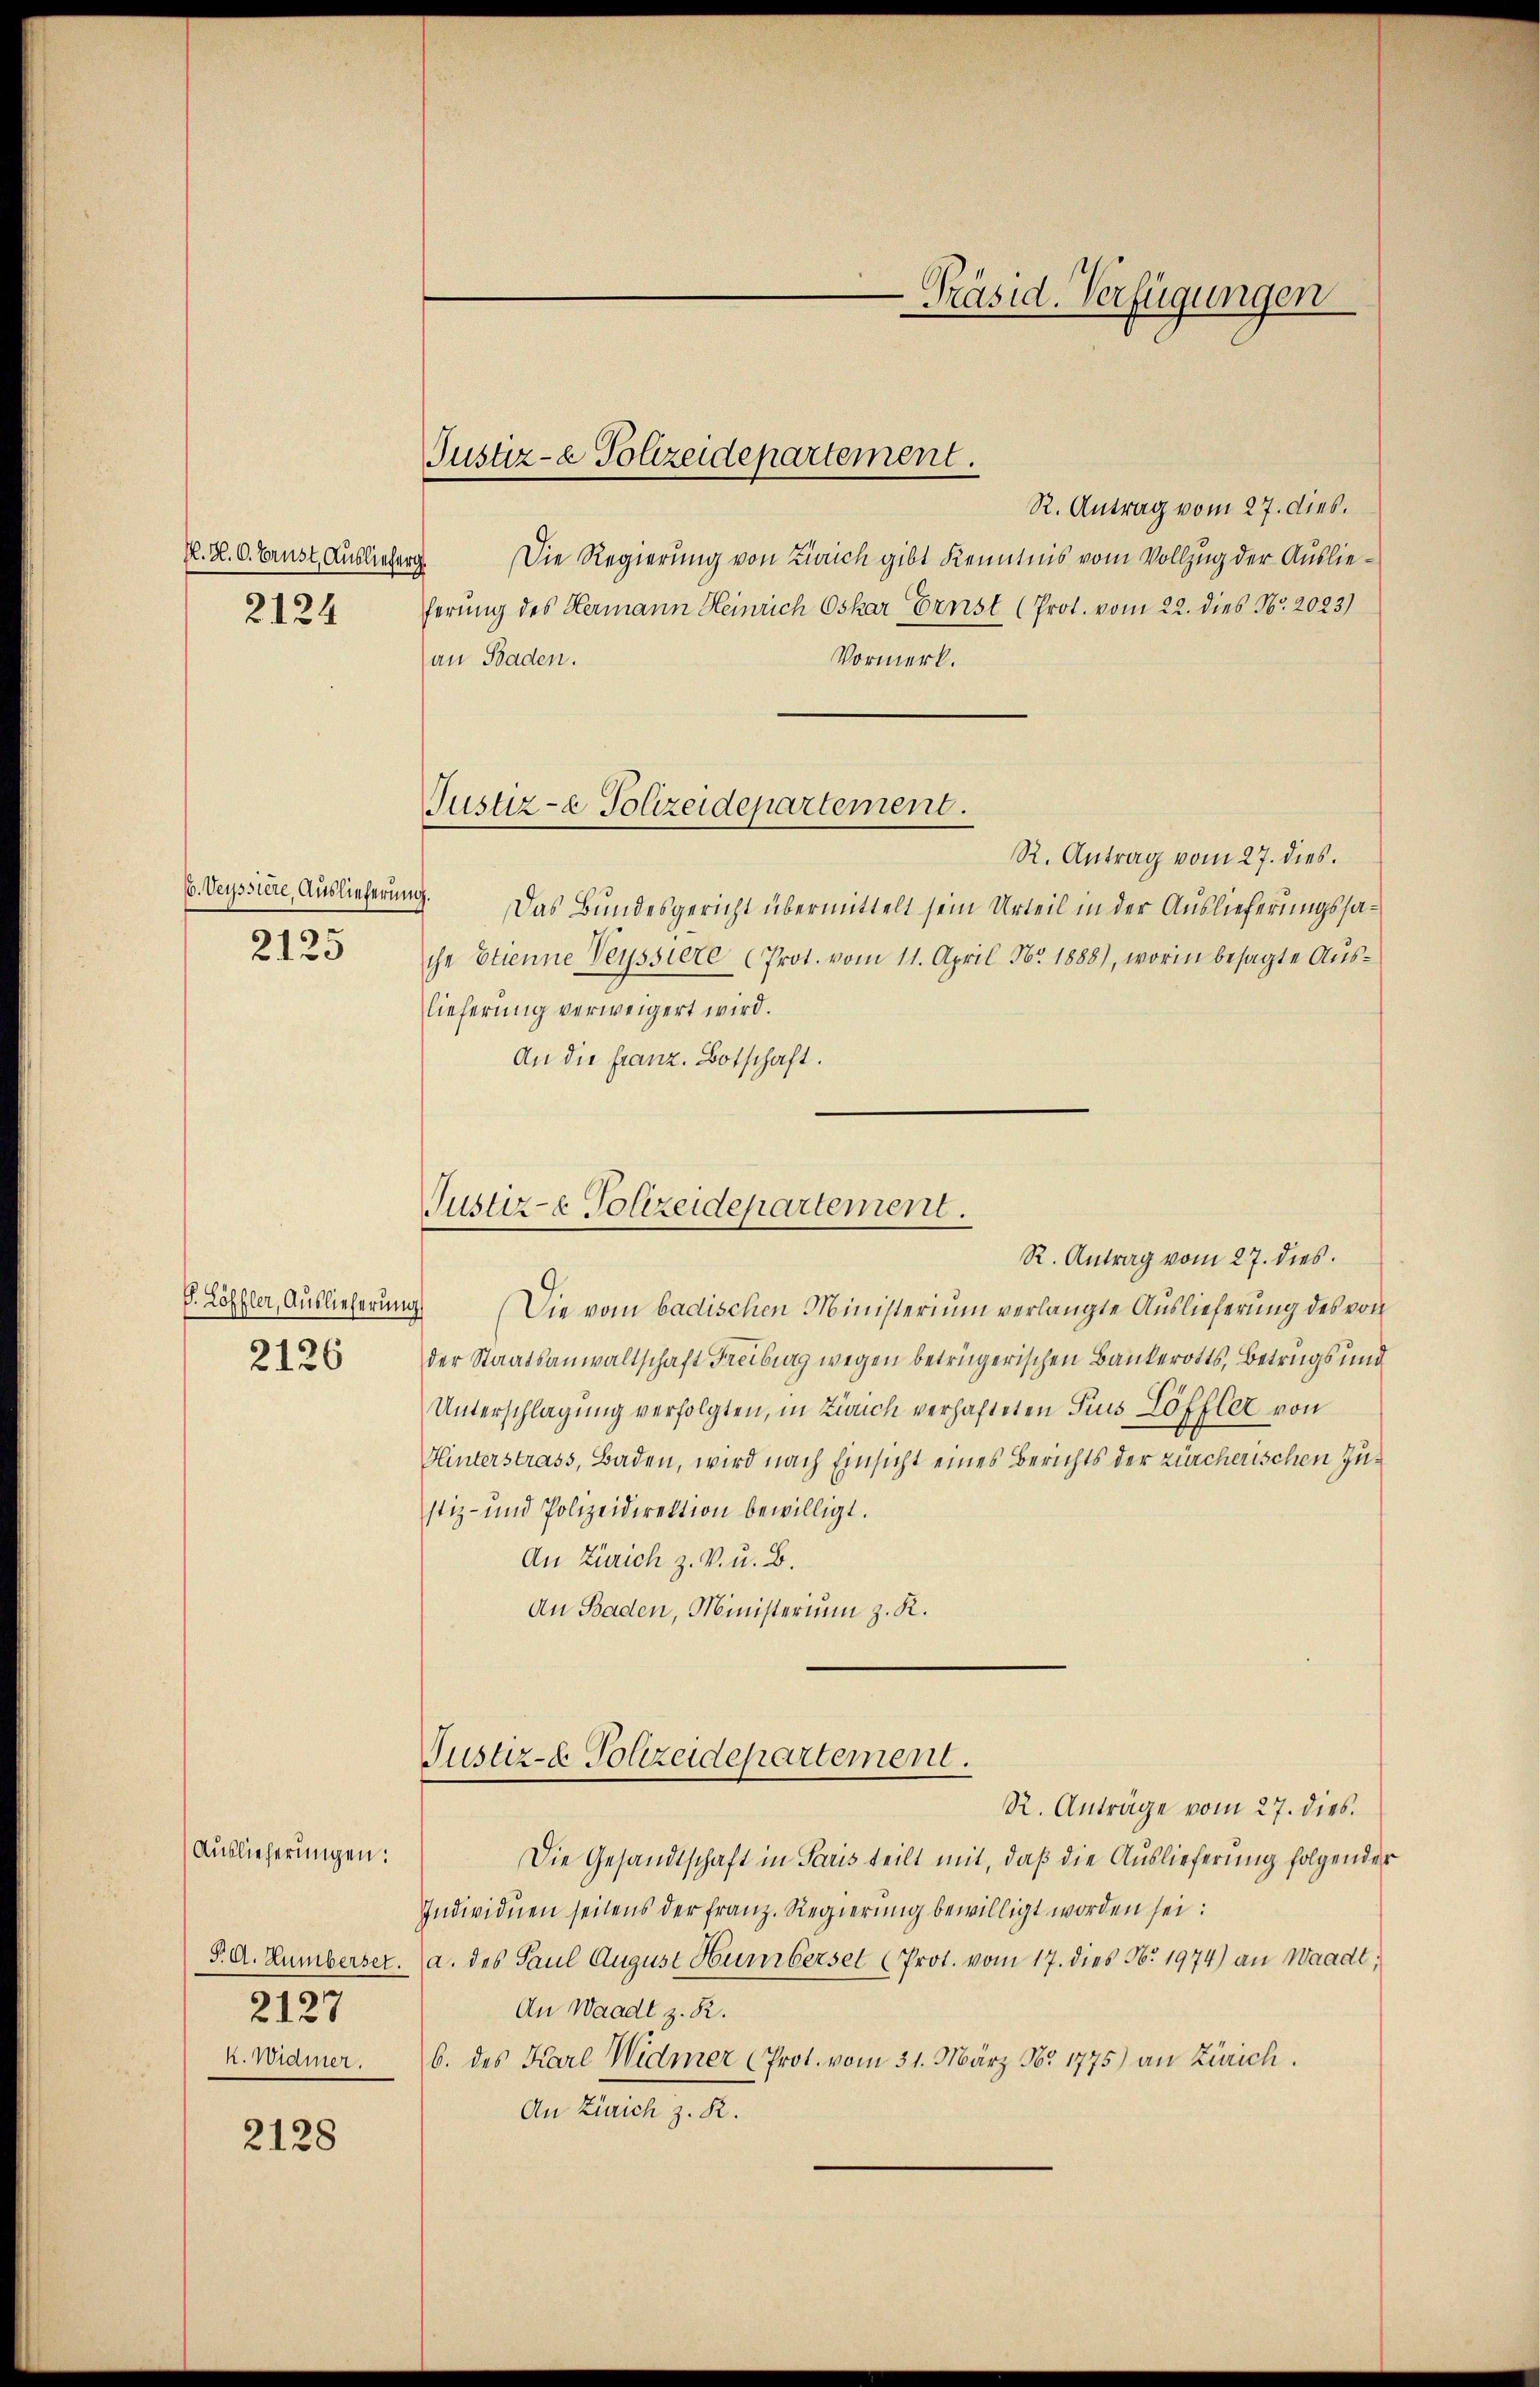
N. N. O. Brust, Auslieferg
2124

6. Veyssiere, Auslieferung.
2125

P. Löffler, Auslieferung
2126

Auslieferungen:
2127
k. Widmer.

2128

Justiz-e Polizeidepartement.

R. Antrag vom 27. dies.
Die Regierung von Zürich gibt Kenntnis vom Vollzug der Auslieferung des Hermann Heinrich Oskar Ernst (Prot. vom 22. dies No. 2023)
Vormerk.
an Baden.
Justiz- & Polizeidepartement.
R. Antrag vom 27. dies.
Das Bundesgericht übermittelt sein Urteil in der Auslieferungssache Etienne Veyssiere Prot. vom 11. April Nr. 1888), worin besagte Aŭs-
lieferung verweigert wird.
An die Franz. Botschaft.

-Präsid. Verfügungen

Justiz- & Polizeidepartement.

Justiz- & Polizeidepartement.

R. Antrag vom 27. dies.
Die vom badischen Ministerium verlangte Auslieferung des von
der Staatsanwaltschaft Freiburg wegen betrügerischen Bankerotts, Betrugs und
Unterschlagung verfolgten, in Zürich verhafteten Pius Löffler von
Hinterstrass, Baden, wird nach Einsicht eines Berichts der zürcherischen Zustiz- und Polizeidirektion bewilligt.
An Zürich z. V. u. B.
An Baden, Ministerium z. K.

R. Anträge vom 27. dies
Die Gesandtschaft in Paris teilt mit, daß die Auslieferung folgender
Individuen seitens der franz. Regierŭng bewilligt worden sei:
P. A. Humberser. a. des Paul August Humberset (Prot. vom 17. dies No. 1974) an Waadt,
An Waadt z. R.
b. des Karl Widmer (Prot. vom 31. März Nr 1775) an Zürich.
An Zürich z. R.